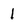
Character: 1